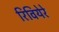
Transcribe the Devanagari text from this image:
रिवियेरे